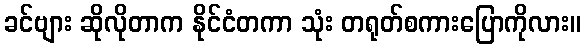
ခင်ဗျား ဆိုလိုတာက နိုင်ငံတကာ သုံး တရုတ်စကားပြောကိုလား။